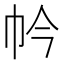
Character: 𢁮